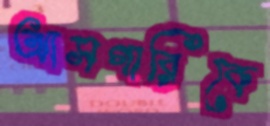
আসগারিকে